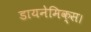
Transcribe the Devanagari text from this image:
डायनेमिक्स।